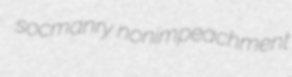
socmanry nonimpeachment